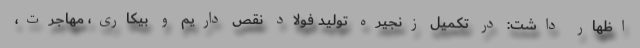
اظهار داشت: در تکمیل زنجیره تولید فولاد نقص داریم و بیکاری، مهاجرت،